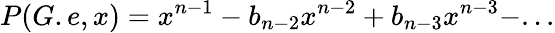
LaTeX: P(G.e,x)=x^{n-1}-b_{n-2}x^{n-2}+b_{n-3}x^{n-3}-...